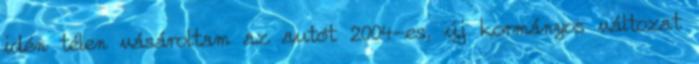
idén télen vásároltam az autót 2004-es, új kormányos változat